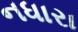
નધારા